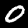
Label: 0